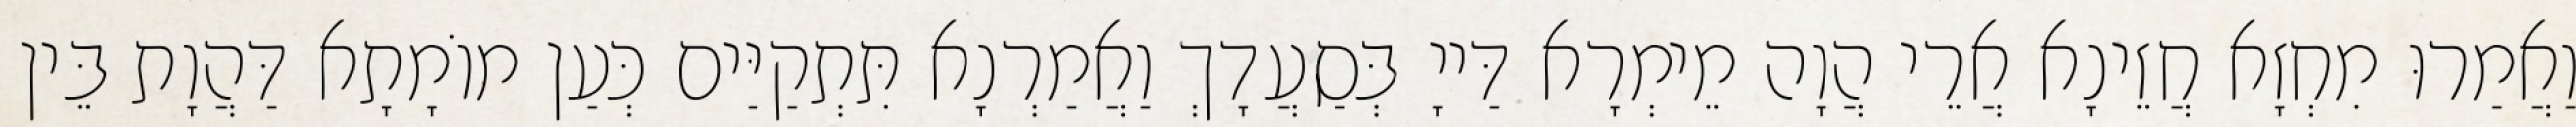
וַאֲמַרוּ מִחְזָא חֲזֵינָא אֲרֵי הֲוָה מֵימְרָא דַּייָ בְּסַעֲדָךְ וַאֲמַרְנָא תִּתְקַיַּים כְּעַן מוֹמָתָא דַּהֲוָת בֵּין